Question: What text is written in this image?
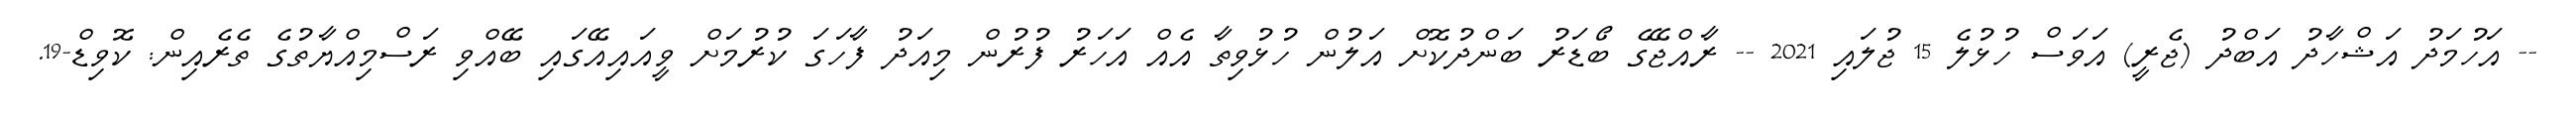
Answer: -- އަހުމަދު އަޝްހާދު އަބްދު (ޖެރީ) އަވަސް ހުޅުލެ 15 ޖުލައި 2021 -- ރާއްޖޭގެ ބޯޑަރު ބަންދުކޮށް އަލުން ހުޅުވިތާ އެއް އަހަރު ފުރުން މިއަދު ފާހަގަ ކުރުމަށް ވީއައިއޭގައި ބޭއްވި ރަސްމިއްޔާތުގެ ތެރެއިން: ކޮވިޑް-19.